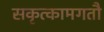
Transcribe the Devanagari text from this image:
सकृत्कामगतौ